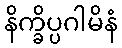
နိက္ခိပ္ပဂါမိနံ